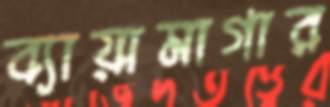
ব্যায়ামাগার